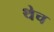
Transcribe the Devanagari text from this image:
थेच